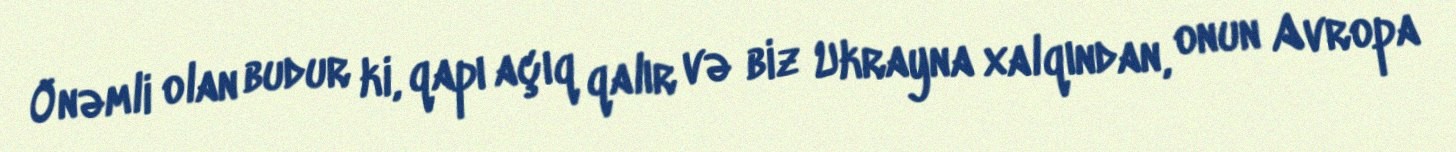
Önəmli olan budur ki, qapı açıq qalır və biz Ukrayna xalqından, onun Avropa